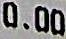
0.00